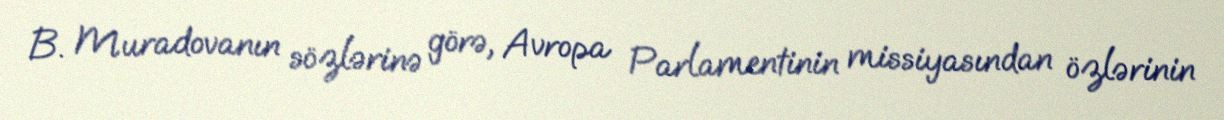
B. Muradovanın sözlərinə görə, Avropa Parlamentinin missiyasından özlərinin